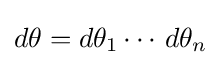
d\theta =d\theta _{1}\cdots \,d\theta _{n}